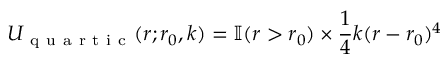
U _ { \mathrm { ~ q ~ u ~ a ~ r ~ t ~ i ~ c ~ } } ( r ; r _ { 0 } , k ) = \mathbb { I } ( r > r _ { 0 } ) \times \frac { 1 } { 4 } k ( r - r _ { 0 } ) ^ { 4 }